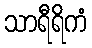
သာရီရိကံ